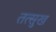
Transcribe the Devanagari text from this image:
तत्सुख